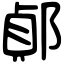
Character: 𨜓